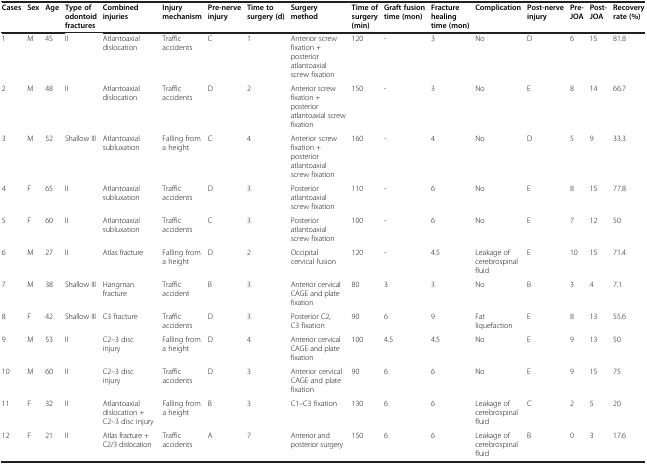
<table><thead><tr><td><b>Cases</b></td><td><b>Sex</b></td><td><b>Age</b></td><td><b>Type of odontoid fractures</b></td><td><b>Combined injuries</b></td><td><b>Injury mechanism</b></td><td><b>Pre-nerve injury</b></td><td><b>Time to surgery (d)</b></td><td><b>Surgery method</b></td><td><b>Time of surgery (min)</b></td><td><b>Graft fusion time (mon)</b></td><td><b>Fracture healing time (mon)</b></td><td><b>Complication</b></td><td><b>Post-nerve injury</b></td><td><b>Pre-JOA</b></td><td><b>Post-JOA</b></td><td><b>Recovery rate (%)</b></td></tr></thead><tbody><tr><td>1</td><td>M</td><td>45</td><td>II</td><td>Atlantoaxial dislocation</td><td>Traffic accidents</td><td>C</td><td>1</td><td>Anterior screw fixation + posterior atlantoaxial screw fixation</td><td>120</td><td>-</td><td>3</td><td>No</td><td>D</td><td>6</td><td>15</td><td>81.8</td></tr><tr><td>2</td><td>M</td><td>48</td><td>II</td><td>Atlantoaxial dislocation</td><td>Traffic accidents</td><td>D</td><td>2</td><td>Anterior screw fixation + posterior atlantoaxial screw fixation</td><td>150</td><td>-</td><td>3</td><td>No</td><td>E</td><td>8</td><td>14</td><td>66.7</td></tr><tr><td>3</td><td>M</td><td>52</td><td>Shallow III</td><td>Atlantoaxial subluxation</td><td>Falling from a height</td><td>C</td><td>4</td><td>Anterior screw fixation + posterior atlantoaxial screw fixation</td><td>160</td><td>-</td><td>4</td><td>No</td><td>D</td><td>5</td><td>9</td><td>33.3</td></tr><tr><td>4</td><td>F</td><td>65</td><td>II</td><td>Atlantoaxial subluxation</td><td>Traffic accidents</td><td>D</td><td>3</td><td>Posterior atlantoaxial screw fixation</td><td>110</td><td>-</td><td>6</td><td>No</td><td>E</td><td>8</td><td>15</td><td>77.8</td></tr><tr><td>5</td><td>F</td><td>60</td><td>II</td><td>Atlantoaxial subluxation</td><td>Traffic accidents</td><td>C</td><td>3</td><td>Posterior atlantoaxial screw fixation</td><td>100</td><td>-</td><td>6</td><td>No</td><td>E</td><td>7</td><td>12</td><td>50</td></tr><tr><td>6</td><td>M</td><td>27</td><td>II</td><td>Atlas fracture</td><td>Falling from a height</td><td>D</td><td>2</td><td>Occipital cervical fusion</td><td>120</td><td>-</td><td>4.5</td><td>Leakage of cerebrospinal fluid</td><td>E</td><td>10</td><td>15</td><td>71.4</td></tr><tr><td>7</td><td>M</td><td>38</td><td>Shallow III</td><td>Hangman fracture</td><td>Traffic accident</td><td>B</td><td>3</td><td>Anterior cervical CAGE and plate fixation</td><td>80</td><td>3</td><td>3</td><td>No</td><td>B</td><td>3</td><td>4</td><td>7.1</td></tr><tr><td>8</td><td>F</td><td>42</td><td>Shallow III</td><td>C3 fracture</td><td>Traffic accidents</td><td>D</td><td>3</td><td>Posterior C2, C3 fixation</td><td>90</td><td>6</td><td>9</td><td>Fat liquefaction</td><td>E</td><td>8</td><td>13</td><td>55.6</td></tr><tr><td>9</td><td>M</td><td>53</td><td>II</td><td>C2–3 disc injury</td><td>Falling from a height</td><td>D</td><td>4</td><td>Anterior cervical CAGE and plate fixation</td><td>100</td><td>4.5</td><td>4.5</td><td>No</td><td>E</td><td>9</td><td>13</td><td>50</td></tr><tr><td>10</td><td>M</td><td>60</td><td>II</td><td>C2–3 disc injury</td><td>Traffic accidents</td><td>D</td><td>3</td><td>Anterior cervical CAGE and plate fixation</td><td>90</td><td>6</td><td>6</td><td>No</td><td>E</td><td>9</td><td>15</td><td>75</td></tr><tr><td>11</td><td>F</td><td>32</td><td>II</td><td>Atlantoaxial dislocation + C2–3 disc injury</td><td>Falling from a height</td><td>B</td><td>3</td><td>C1–C3 fixation</td><td>130</td><td>6</td><td>6</td><td>Leakage of cerebrospinal fluid</td><td>C</td><td>2</td><td>5</td><td>20</td></tr><tr><td>12</td><td>F</td><td>21</td><td>II</td><td>Atlas fracture + C2/3 dislocation</td><td>Traffic accidents</td><td>A</td><td>7</td><td>Anterior and posterior surgery</td><td>150</td><td>6</td><td>6</td><td>Leakage of cerebrospinal fluid</td><td>B</td><td>0</td><td>3</td><td>17.6</td></tr></tbody></table>